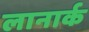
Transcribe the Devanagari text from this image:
लानार्क